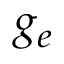
g _ { e }